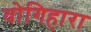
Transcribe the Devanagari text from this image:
वोगिहारा